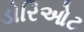
ડોરિઓટ